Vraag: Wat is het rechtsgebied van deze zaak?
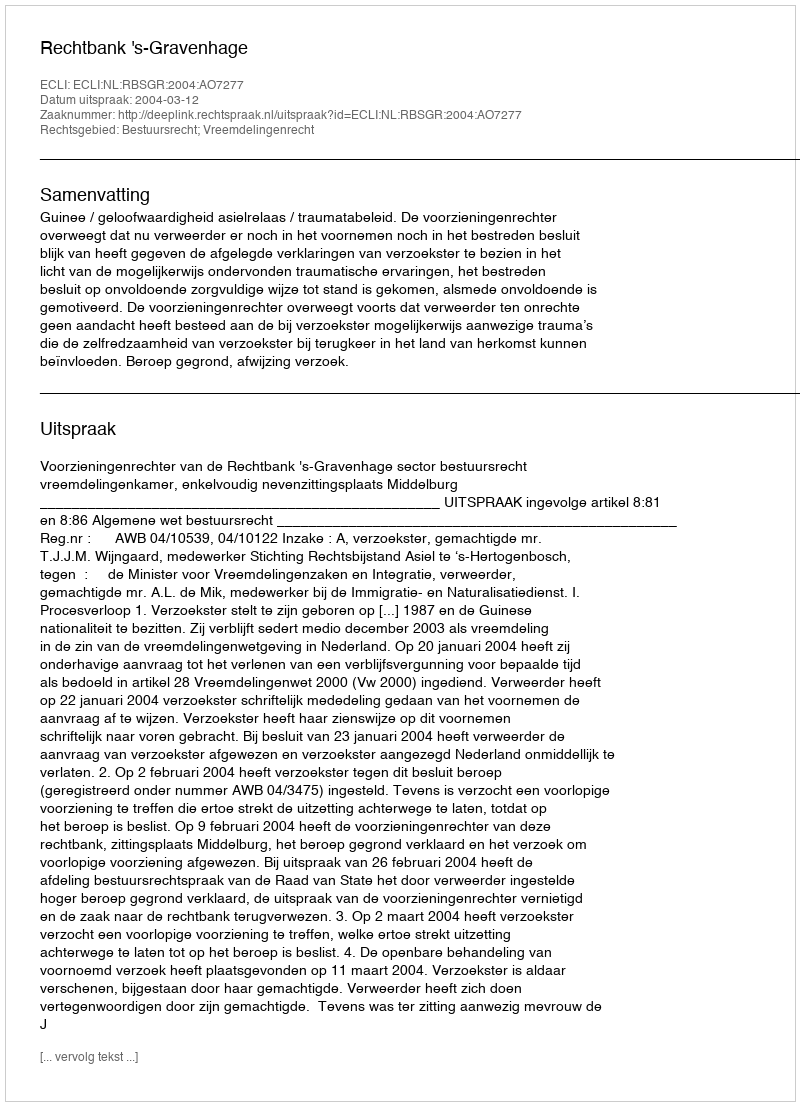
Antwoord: Bestuursrecht; Vreemdelingenrecht